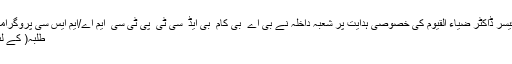
علاوہ ازیں وائس چانسلر ٗ پروفیسر ڈاکٹر ضیاء القیوم کی خصوصی ہدایت پر شعبہ داخلہ نے بی اے ٗ بی کام ٗ بی ایڈ ٗ سی ٹی ٗ پی ٹی سی ٗ ایم اے/ایم ایس سی پروگرامز میں پہلے سے داخل) جاری
طلبہ( کے لئے داخلوں کی تاریخ میں 31۔